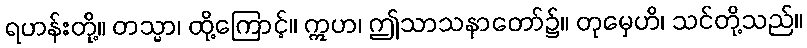
ရဟန်းတို့။ တသ္မာ၊ ထို့ကြောင့်။ ဣဟ၊ ဤသာသနာတော်၌။ တုမှေဟိ၊ သင်တို့သည်။